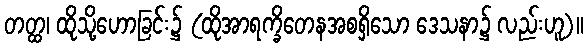
တတ္ထ၊ ထိုသို့ဟောခြင်း၌ (ထိုအာရက္ခိတေနအစရှိသော ဒေသနာ၌ လည်းဟူ)။